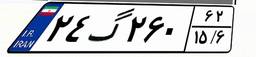
۲۴گ۲۶۰۶۲